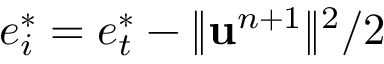
e _ { i } ^ { * } = e _ { t } ^ { * } - \| \mathbf { u } ^ { n + 1 } \| ^ { 2 } / 2